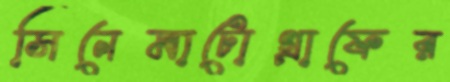
সিনেমাটোগ্রাফের